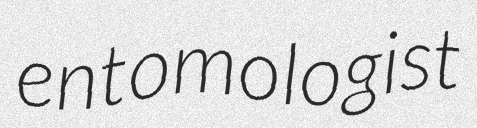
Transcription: entomologist